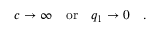
c \rightarrow \infty \quad \mathrm { o r } \quad q _ { 1 } \rightarrow 0 \quad .